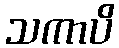
သကာပိ